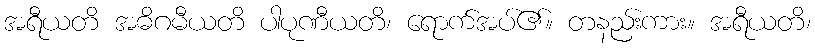
အရီယတိ အဓိဂမီယတိ ပါပုဏီယတိ၊ ရောက်အပ်၏။ တနည်းကား။ အရီယတိ၊